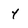
Character: 4